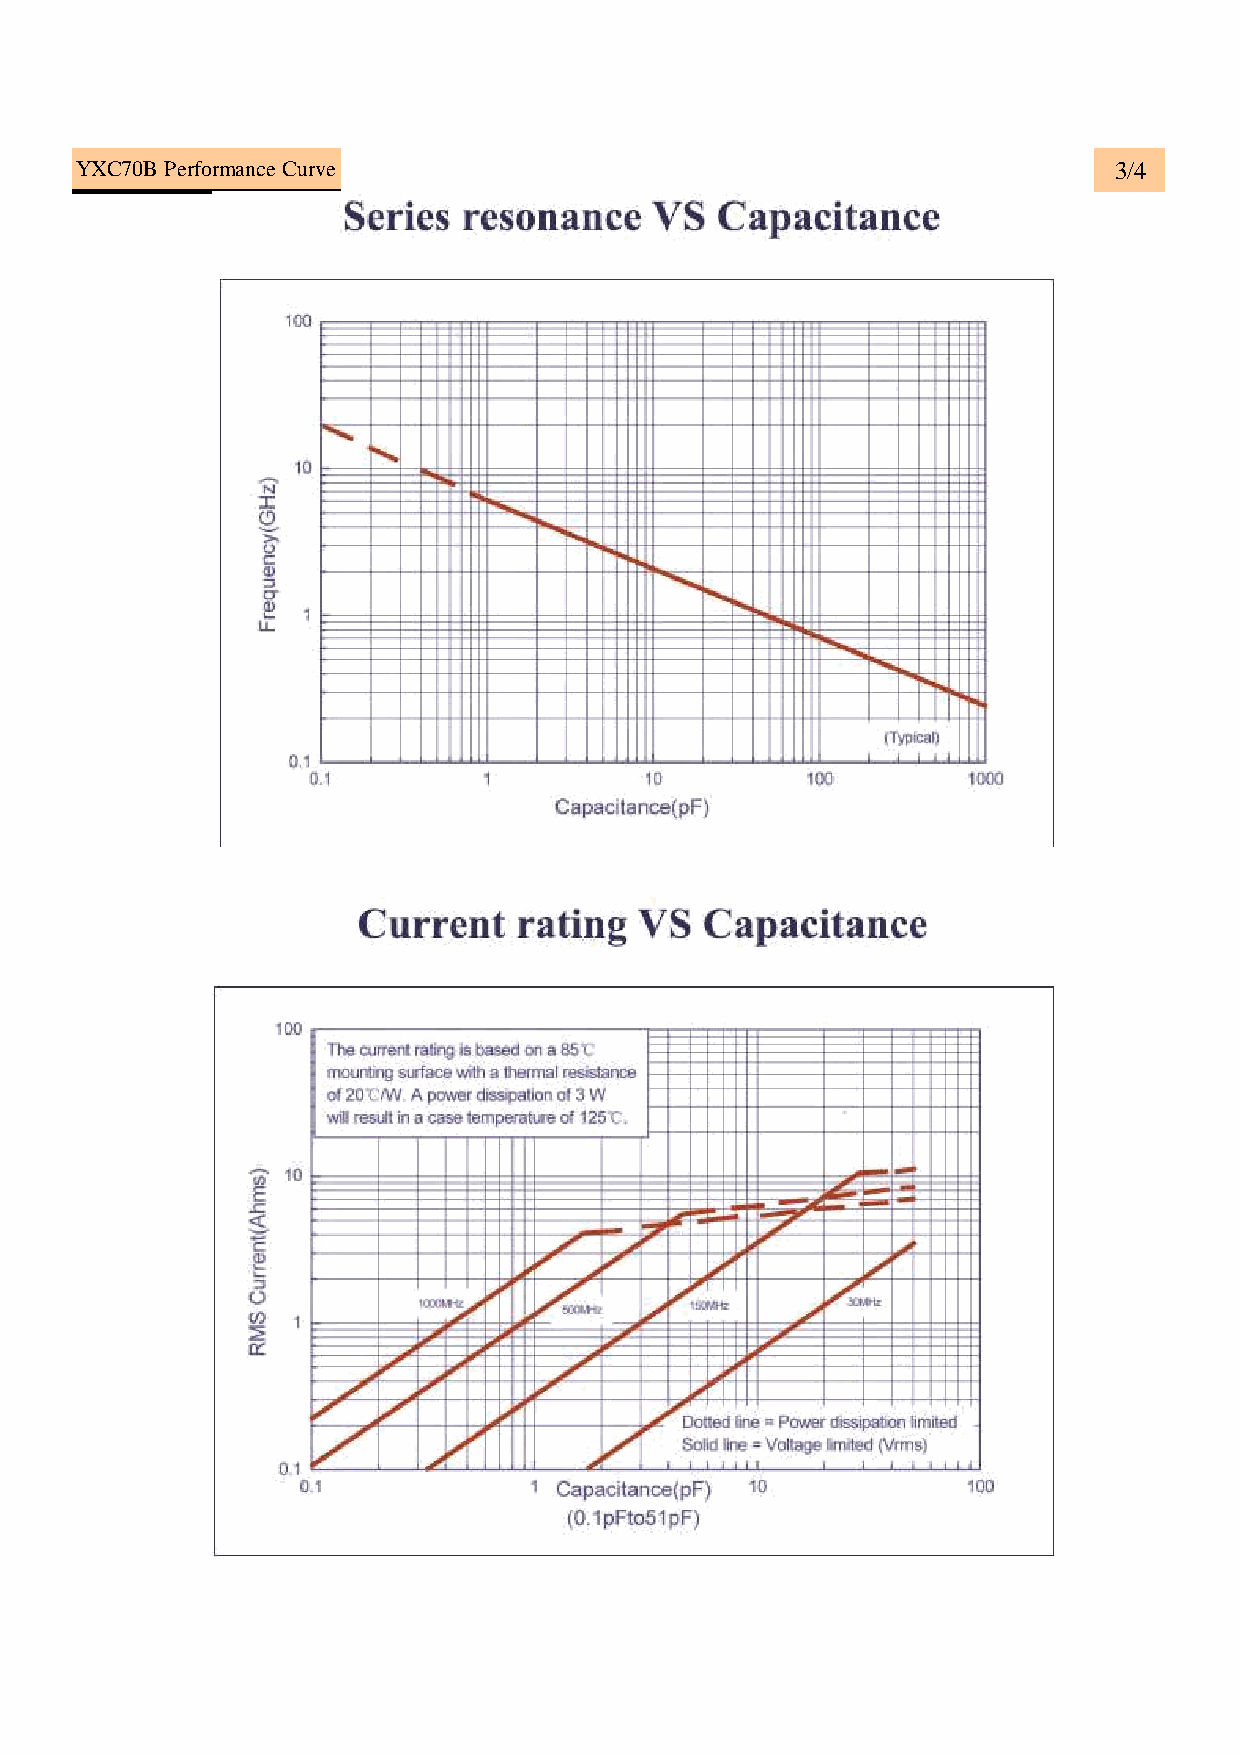
YXC70B Performance Curve                                             3/4